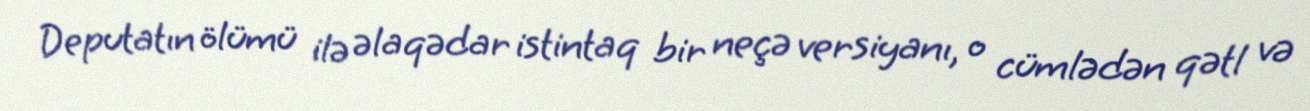
Deputatın ölümü ilə əlaqədar istintaq bir neçə versiyanı, o cümlədən qətl və